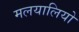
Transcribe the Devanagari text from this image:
मलयालियो